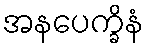
အနပေက္ခိနံ